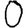
Digit: 0